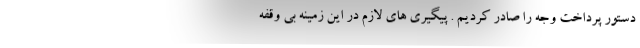
دستور پرداخت وجه را صادر کردیم . پیگیری های لازم در این زمینه بی وقفه